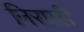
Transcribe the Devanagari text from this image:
निराळीं